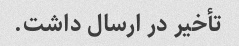
تأخیر در ارسال داشت.